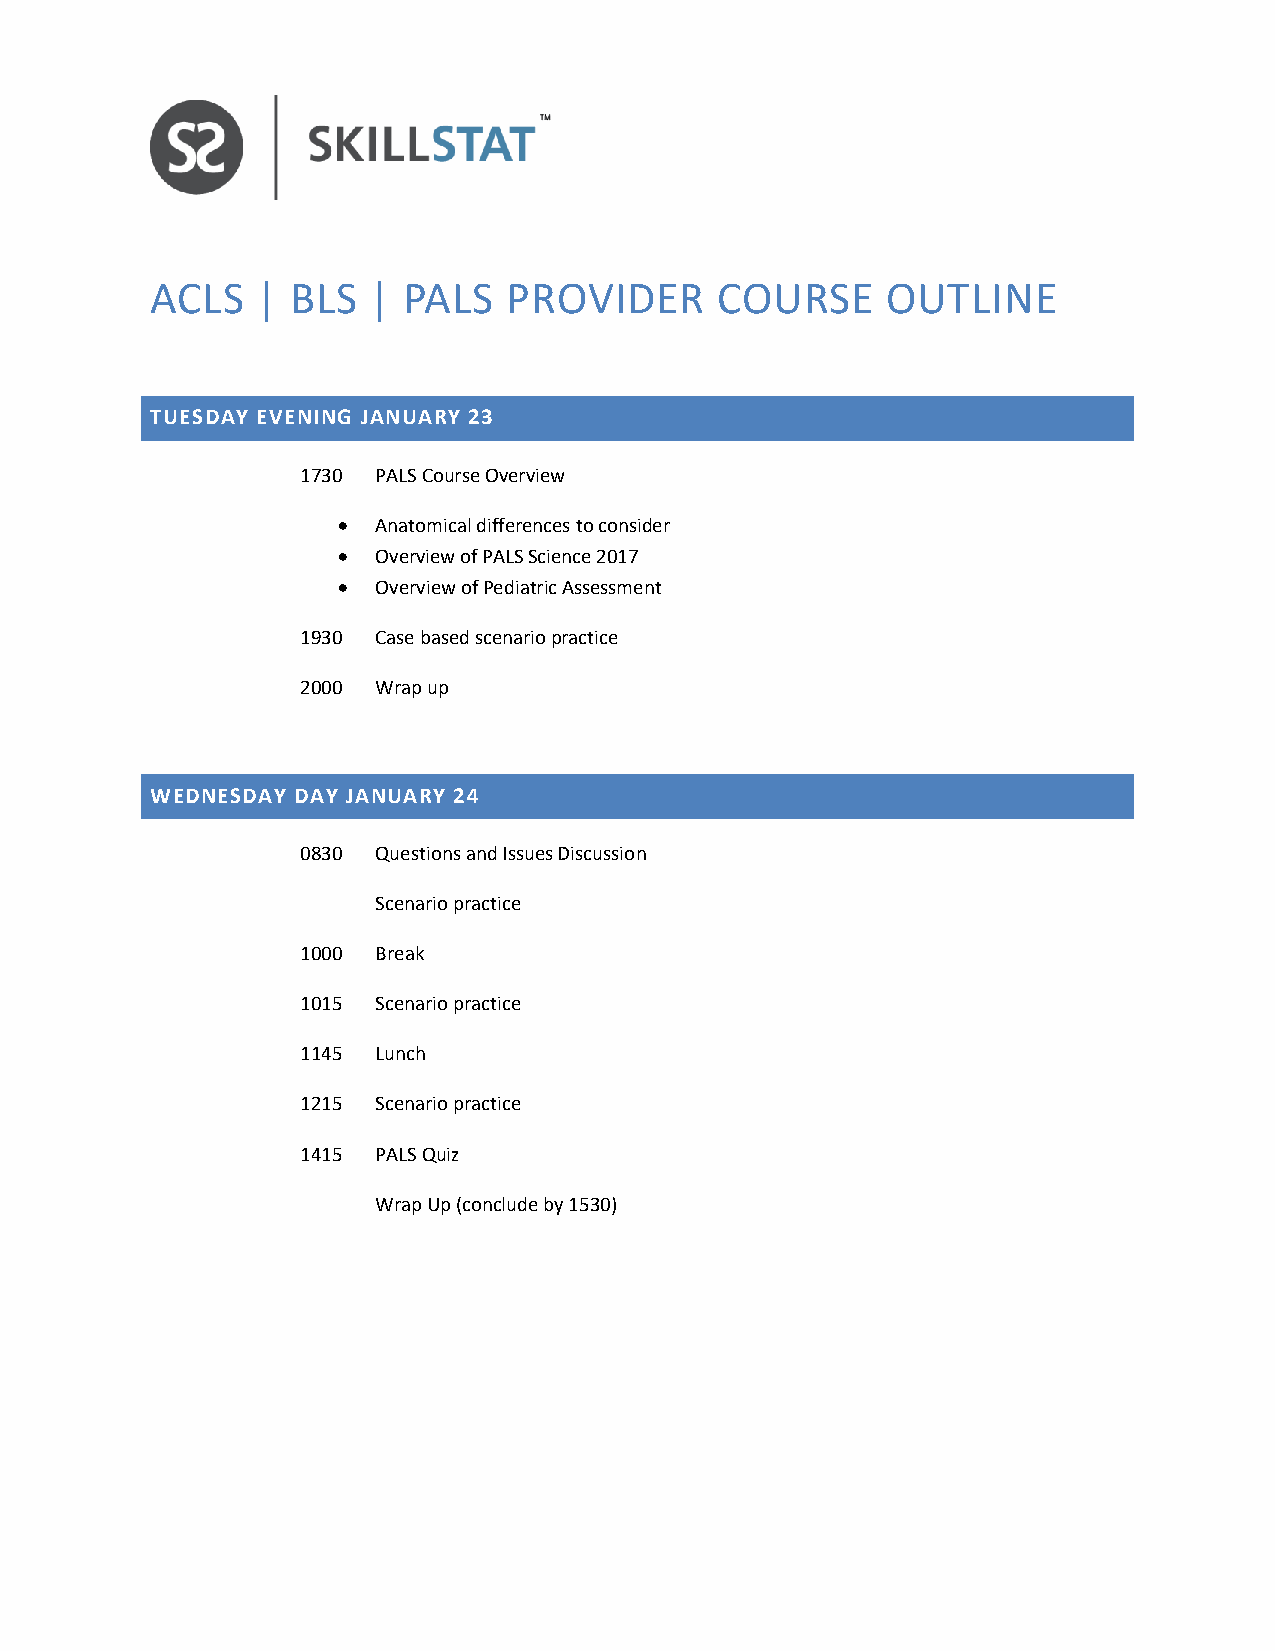
ACLS   | BLS  |  PALS  PROVIDER      COURSE      OUTLINE
 TUESDAY EVENING JANUARY 23
 1730 PALS Course Overview
 •  Anatomical differences to consider
 •  Overview of PALS Science 2017
 •  Overview of Pediatric Assessment
 1930 Case based scenario practice
 2000 Wrap up
 WEDNESDAY DAY JANUARY 24
 0830 Questions and Issues Discussion
 Scenario practice
 1000 Break
 1015 Scenario practice
 1145 Lunch
 1215 Scenario practice
 1415 PALS Quiz
 Wrap Up (conclude by 1530)